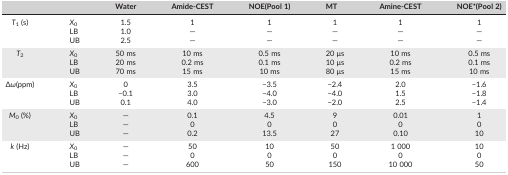
<table><thead><tr><td colspan="2">[EMPTY_CELL]</td><td><b>Water</b></td><td><b>Amide‐CEST</b></td><td><b>NOE(Pool 1)</b></td><td><b>MT</b></td><td><b>Amine‐CEST</b></td><td><b>NOE*(Pool 2)</b></td></tr></thead><tbody><tr><td rowspan="3"><i>T</i><sub>1</sub> (s)</td><td><i>X</i><sub>0</sub></td><td>1.5</td><td>1</td><td>1</td><td>1</td><td>1</td><td>1</td></tr><tr><td>LB</td><td>1.0</td><td>—</td><td>—</td><td>—</td><td>—</td><td>—</td></tr><tr><td>UB</td><td>2.5</td><td>—</td><td>—</td><td>—</td><td>—</td><td>—</td></tr><tr><td rowspan="3"><i>T</i><sub>2</sub></td><td><i>X</i><sub>0</sub></td><td>50 ms</td><td>10 ms</td><td>0.5 ms</td><td>20 μs</td><td>10 ms</td><td>0.5 ms</td></tr><tr><td>LB</td><td>20 ms</td><td>0.2 ms</td><td>0.1 ms</td><td>10 μs</td><td>0.2 ms</td><td>0.1 ms</td></tr><tr><td>UB</td><td>70 ms</td><td>15 ms</td><td>10 ms</td><td>80 μs</td><td>15 ms</td><td>10 ms</td></tr><tr><td rowspan="3">Δ<i>ω</i>(ppm)</td><td><i>X</i><sub>0</sub></td><td>0</td><td>3.5</td><td>−3.5</td><td>−2.4</td><td>2.0</td><td>−1.6</td></tr><tr><td>LB</td><td>−0.1</td><td>3.0</td><td>−4.0</td><td>−4.0</td><td>1.5</td><td>−1.8</td></tr><tr><td>UB</td><td>0.1</td><td>4.0</td><td>−3.0</td><td>−2.0</td><td>2.5</td><td>−1.4</td></tr><tr><td rowspan="3"><i>M</i><sub>0</sub> (%)</td><td><i>X</i><sub>0</sub></td><td>—</td><td>0.1</td><td>4.5</td><td>9</td><td>0.01</td><td>1</td></tr><tr><td>LB</td><td>—</td><td>0</td><td>0</td><td>0</td><td>0</td><td>0</td></tr><tr><td>UB</td><td>—</td><td>0.2</td><td>13.5</td><td>27</td><td>0.10</td><td>10</td></tr><tr><td rowspan="3"><i>k</i> (Hz)</td><td><i>X</i><sub>0</sub></td><td>—</td><td>50</td><td>10</td><td>50</td><td>1 000</td><td>10</td></tr><tr><td>LB</td><td>—</td><td>0</td><td>0</td><td>0</td><td>0</td><td>0</td></tr><tr><td>UB</td><td>—</td><td>600</td><td>50</td><td>150</td><td>10 000</td><td>50</td></tr></tbody></table>